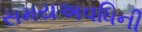
સમયઅવધિની